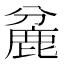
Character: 麄